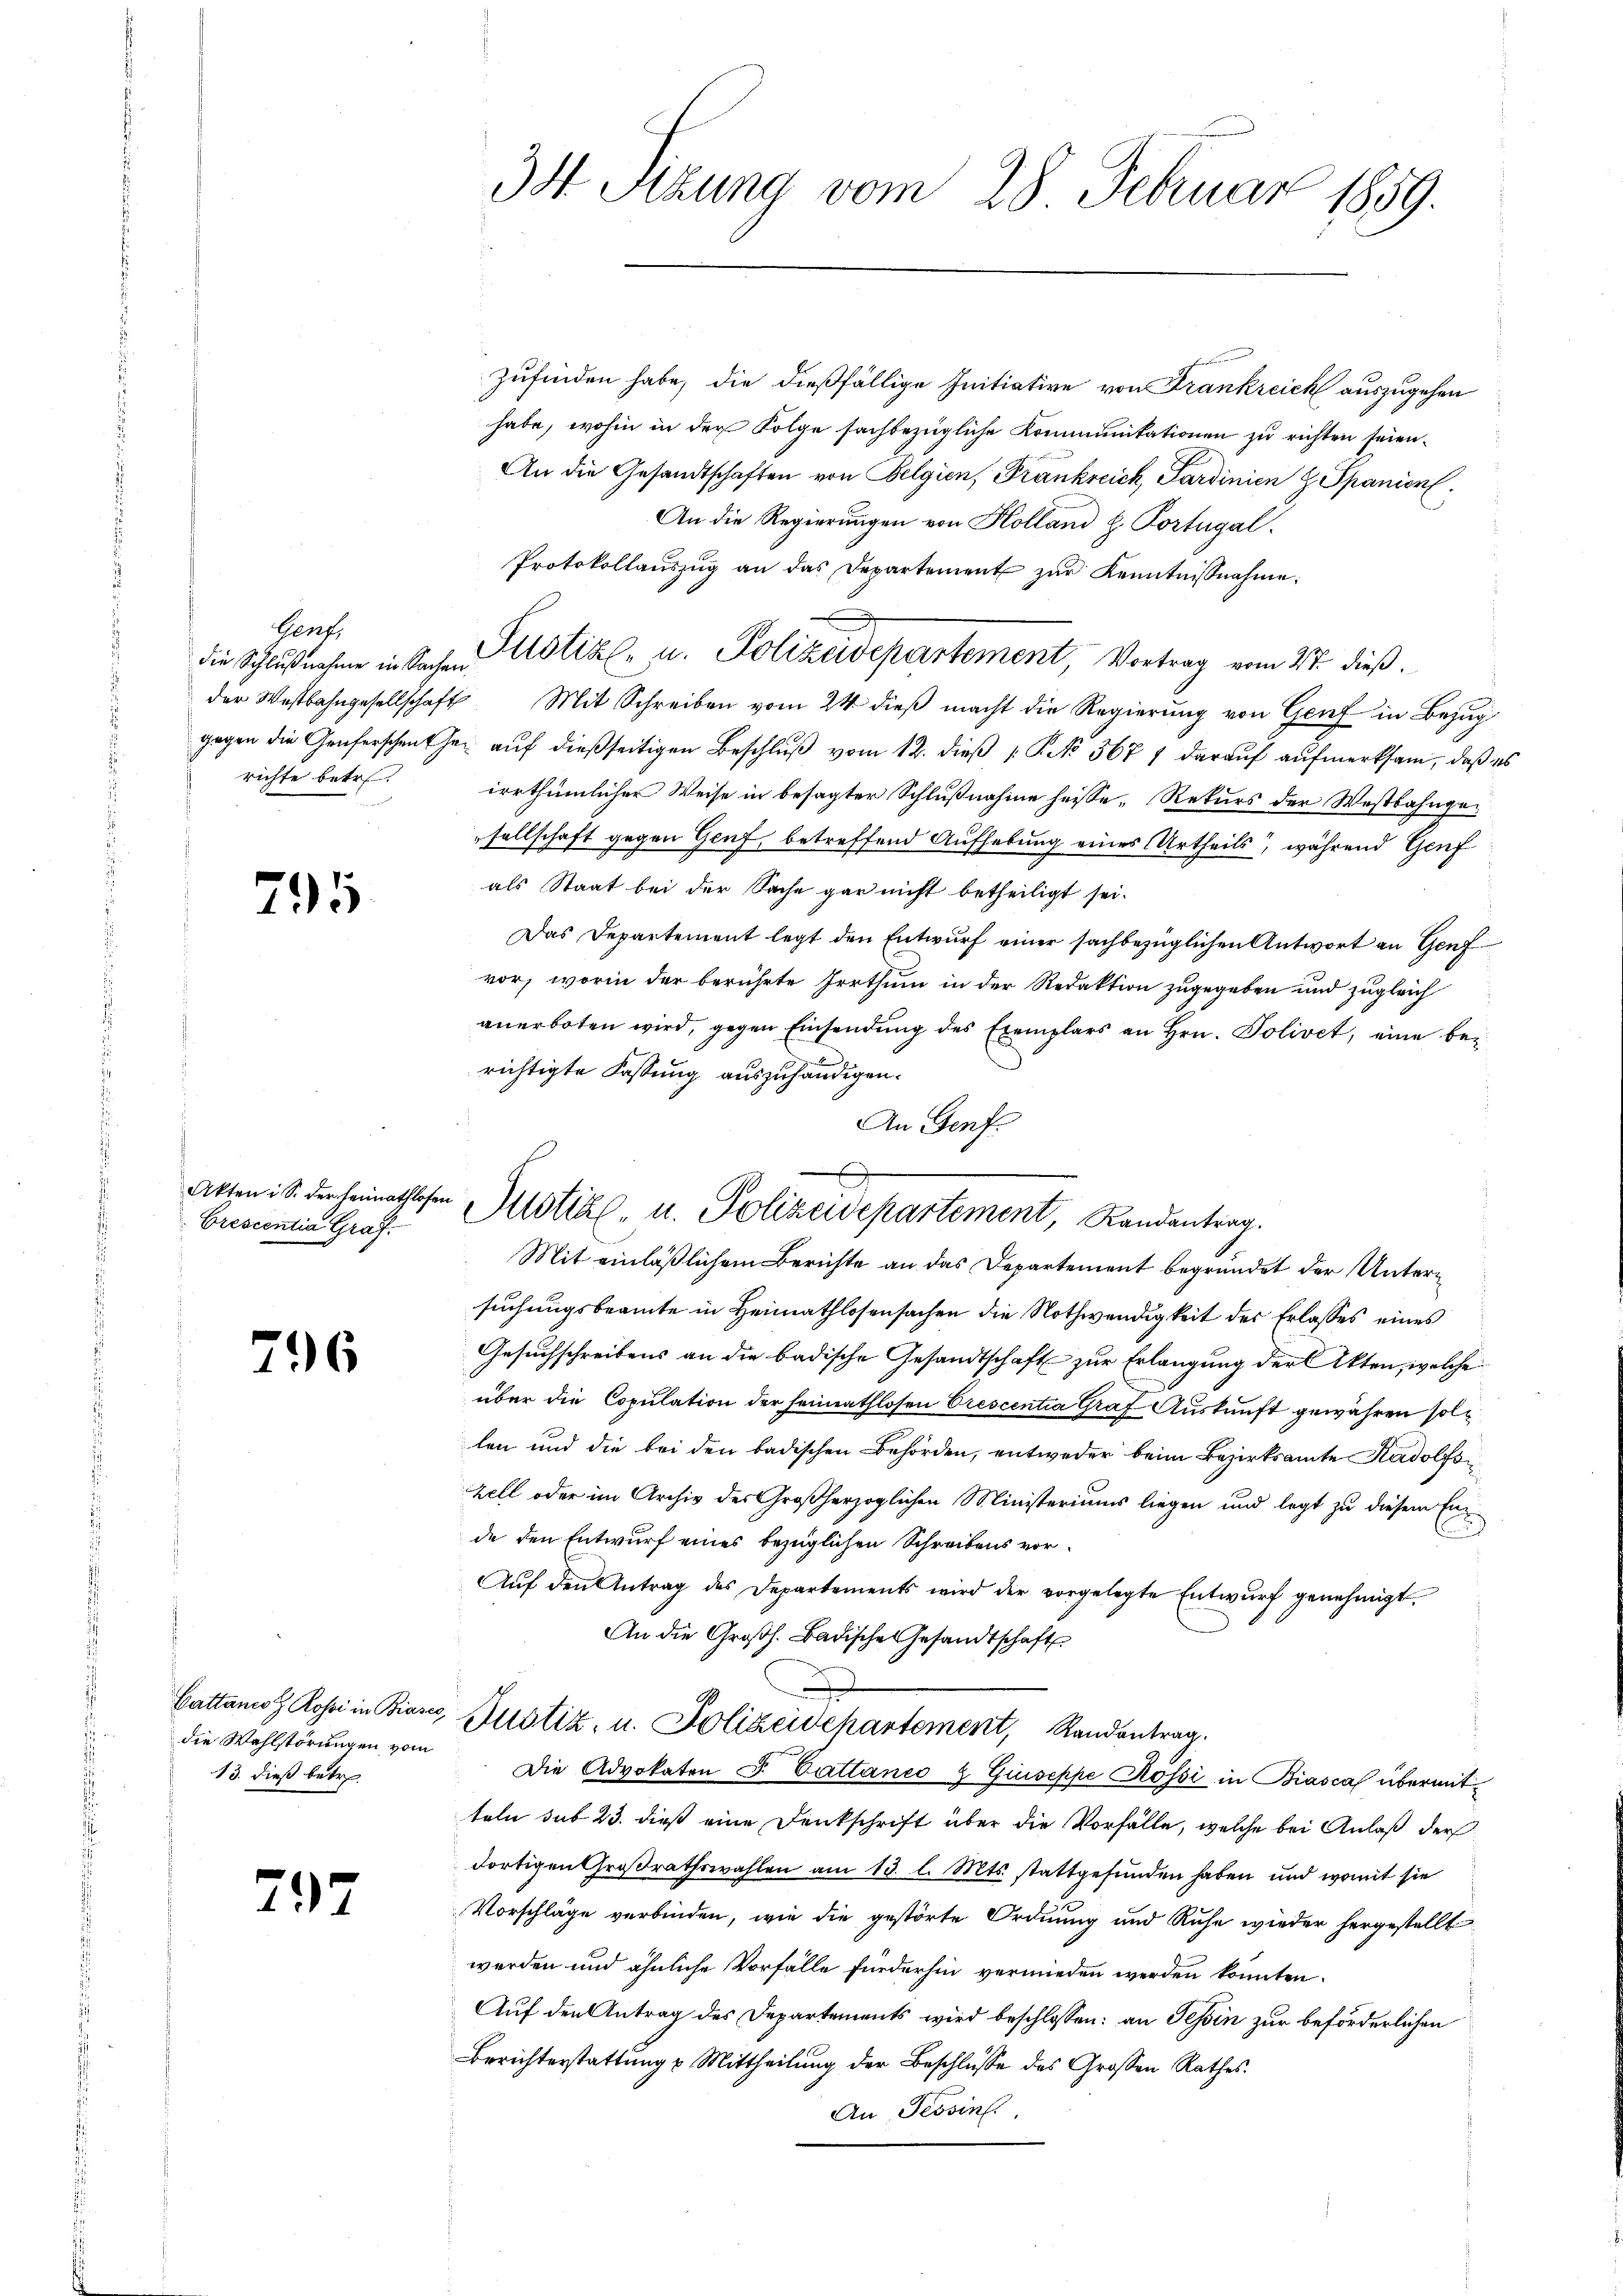
Genf,
richte betr.

295

Crescentia Graf.

796

22

die Wahlstörungen vom
13. dieß betr.

zufinden habe, die dießfällige Initiative von Frankreich auszugehen
habe, wohin in der Folge sachbezügliche Kommunikationen zu richten seien.
An die Gesandtschaften von Belgien, Frankreich, Sardinien H. Spanien
An die Regierungen von Holland H. Portugal.
Protokollaŭszŭg an das Departement zŭr Kenntniβnahme:
die Schlußnahme in Sachen Pustiz- u. Polizeidepartement, Vortrag vom 27. dieß.
der Westbahngesellschaft. Mit Schreiben vom 24. dieβ macht die Regierung von Genf in Bezug
gegen die Genferschenther aŭf dießseitigen Beschlŭβ vom 12. dieβ Kk. 367 f daraŭf aŭfmerksam, daß es
irrthümlicher Weise in besagter Schlußnahme heisse, Rekurs der Westbahngesellschaft gegen Genf, betreffend Aufhebung eines Urtheils, während Genf
als Staat bei der Sache gar nicht betheiligt sei.
Das Departement legt den Entwurf einer sachbezüglichen Antwort an Genf
vor, worin der berührte Irrthum in der Redaktion zugegeben und zugleich
anerboten wird, gegen Einsendung des Exemplars an Hrn. Polivet, eine berichtigte Fassung auszuhändigen.
An Genf.
Mit einläßlichem Berichte an das Departement begründet der Untersuchungsbeamte in Heimathlosensachen die Nothwendigkeit des Erlasses eines
Gesuchschreibens an die badische Gesandtschaft zur Erlangung der Akten, welche
über die Copulation der heimathlosen Crescentia Graf Auskunft gewähren sollen und die bei den badischen Behörden, entweder beim Bezirksamte Radolfszell oder im Archiv des Großherzoglichen Ministeriums liegen und legt zu diesem Ende den Entwurf eines bezüglichen Schreibens vor¬
Aŭf den Antrag des Departements wird der vorgelegte Entwŭrf genehmigt.
An die Großh. Badische Gesandtschaft
Cattanos Rossi in Biares Zustiz, u. Polizeidehartement, Randantrag.
Die Advokaten S. Cattanco & Giuseppe Rössi in Biasca übermitteln sub 23. dieß eine Dankschrift über die Vorfälle, welche bei Anlaß der
dortigen Großrathswahlen am 13. l. Mts. stattgefunden haben und womit sie
Vorschläge verbinden, wie die gestörte Ordnung und Ruhe wieder hergestellt
werden und ähnliche Vorfälle fürderhin vermieden werden könnten.
Auf den Antrag des Departements wird beschlossen: an Tessin zur beförderlichen
Berichterstattung u Mittheilung der Beschlüsse des Großen Rathes.
An Tessin.

34 Sizung vom 28. Februar 1859.

Atten: S. der heimatschen Mistikel u. Polizeidepartement, Randantrag.